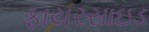
ફાયરસાઇડ